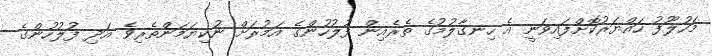
މަހުލޫފު ހައްޔަރުކޮށްފައިވަނީ އެ ހިނގާލުމުގެ ތެރެއިން ފުލުހުންގެ އަމުރަށް ނުކިޔަމަންތެރިވެ އަދި ފުލުހުންގެ